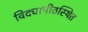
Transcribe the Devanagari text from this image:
विद्यापीठस्थित